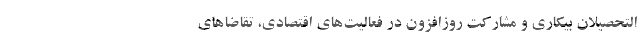
التحصیلان بیکاری و مشارکت روزافزون در فعالیت‌های اقتصادی، تقاضا‌های